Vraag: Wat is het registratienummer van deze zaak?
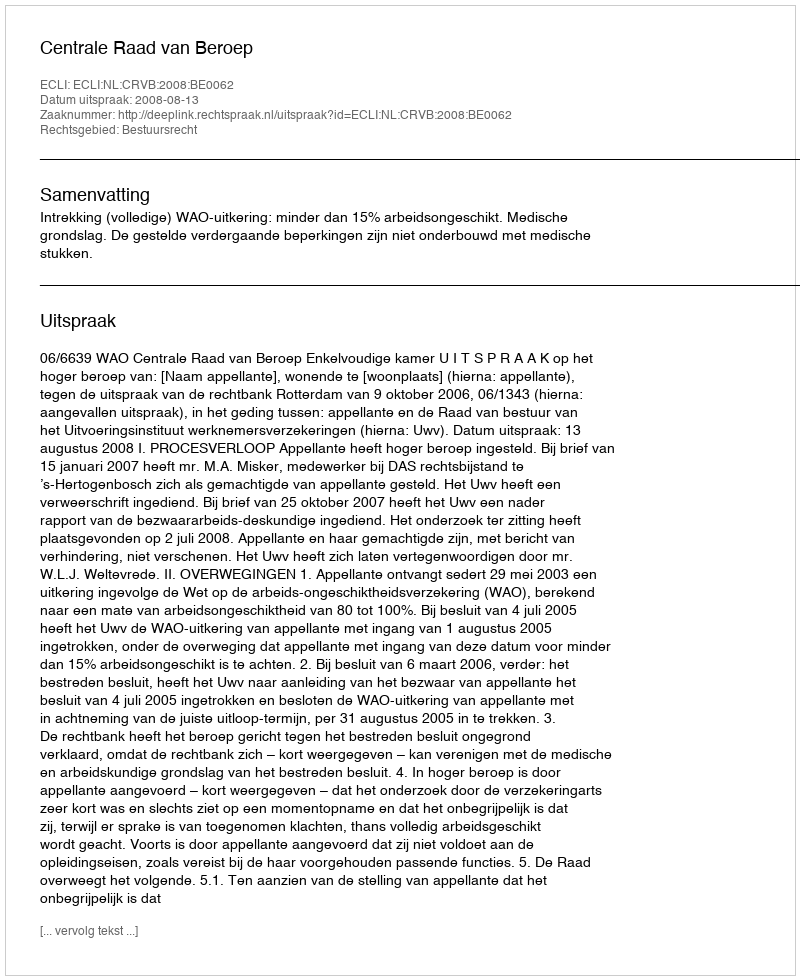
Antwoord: http://deeplink.rechtspraak.nl/uitspraak?id=ECLI:NL:CRVB:2008:BE0062